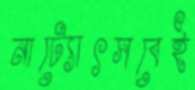
নাট্যোৎসবেই